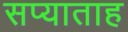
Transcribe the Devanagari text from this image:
सप्याताह